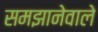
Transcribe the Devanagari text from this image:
समझानेवाले